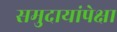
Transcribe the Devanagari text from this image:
समुदायांपेक्षा